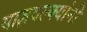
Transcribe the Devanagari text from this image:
याज्ञवल्क्यांनी